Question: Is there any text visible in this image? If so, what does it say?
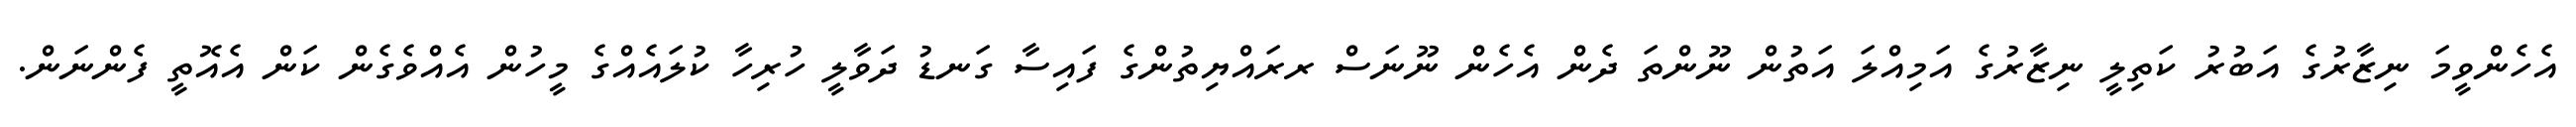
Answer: އެހެންވީމަ ނިޒާރުގެ އަބުރު ކަތިލީ ނިޒާރުގެ އަމިއްލަ އަތުން ނޫންތަ ދެން އެހެން ނޫނަސް ރރައްޔިތުންގެ ފައިސާ ގަނޑު ދަވާލީ ހުރިހާ ކުލައެއްގެ މީހުން އެއްވެގެން ކަން އެއޮތީ ފެންނަން.